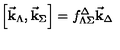
\Bigr [ { \vec { \bf k } } _ { \Lambda } , { \vec { \bf k } } _ { \Sigma } \Bigr ] = f _ { \Lambda \Sigma } ^ { \Delta } { \vec { \bf k } } _ { \Delta }